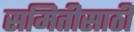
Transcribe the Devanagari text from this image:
समितीसाठी